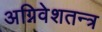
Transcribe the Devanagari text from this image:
अग्निवेशतन्त्र